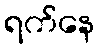
ရက်နေ